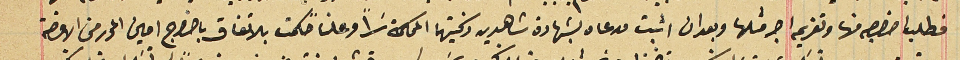
فطلب اخراجه منها وتغريمه اجر مثلها وبعد ان اثبت مدعاه بشهادة شاهدين زكيتهما المحاكمة سَراً وعلنًا حكمت بالاتفاق باخراج امين المحرر من الاوضة